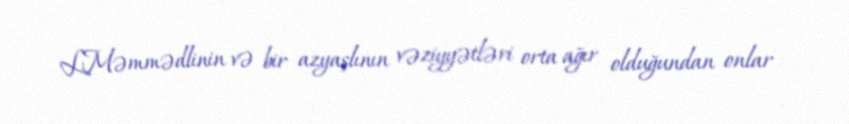
L.Məmmədlinin və bir azyaşlının vəziyyətləri orta ağır olduğundan onlar